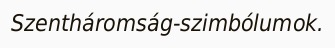
Szentháromság-szimbólumok.